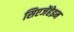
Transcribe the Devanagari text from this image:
सिएजेंहेइम